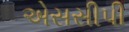
એસસીપી